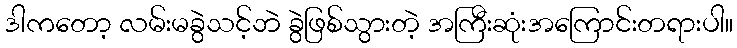
ဒါကတော့ လမ်းမခွဲသင့်ဘဲ ခွဲဖြစ်သွားတဲ့ အကြီးဆုံးအကြောင်းတရားပါ။